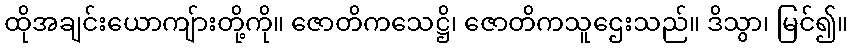
ထိုအချင်းယောကျ်ားတို့ကို။ ဇောတိကသေဋ္ဌိ၊ ဇောတိကသူဌေးသည်။ ဒိသွာ၊ မြင်၍။